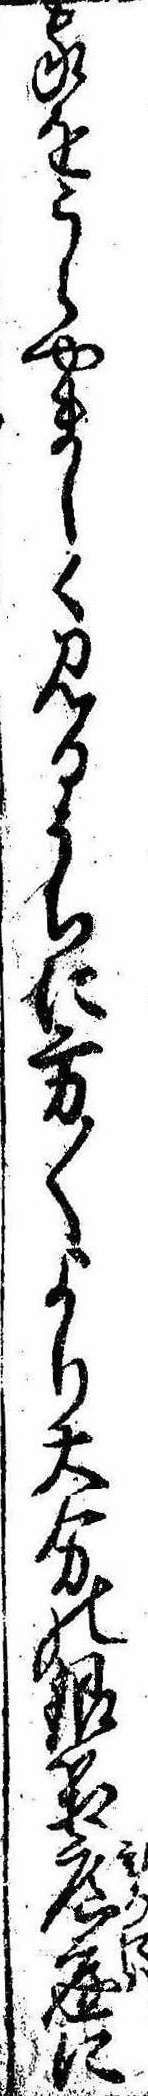
家をうらやましく見るうちに方〱より大分の銀箱広庭に